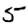
Digit: 5